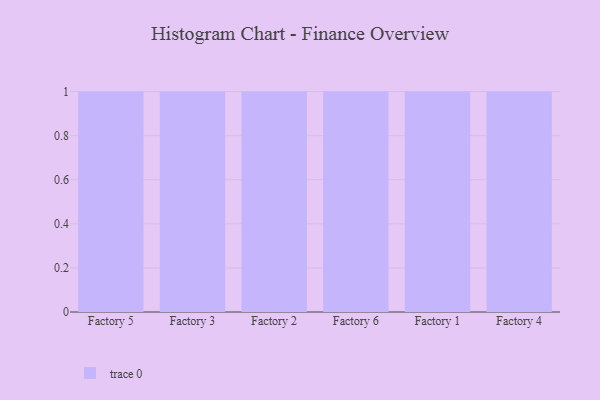
{"axis": {"x": "Factory", "y": "Demand Index"}, "legend": [""], "data": [{"x": "Factory 5", "y": 86, "type": ""}, {"x": "Factory 3", "y": 14, "type": ""}, {"x": "Factory 2", "y": 16, "type": ""}, {"x": "Factory 6", "y": 93, "type": ""}, {"x": "Factory 1", "y": 66, "type": ""}, {"x": "Factory 4", "y": 98, "type": ""}]}